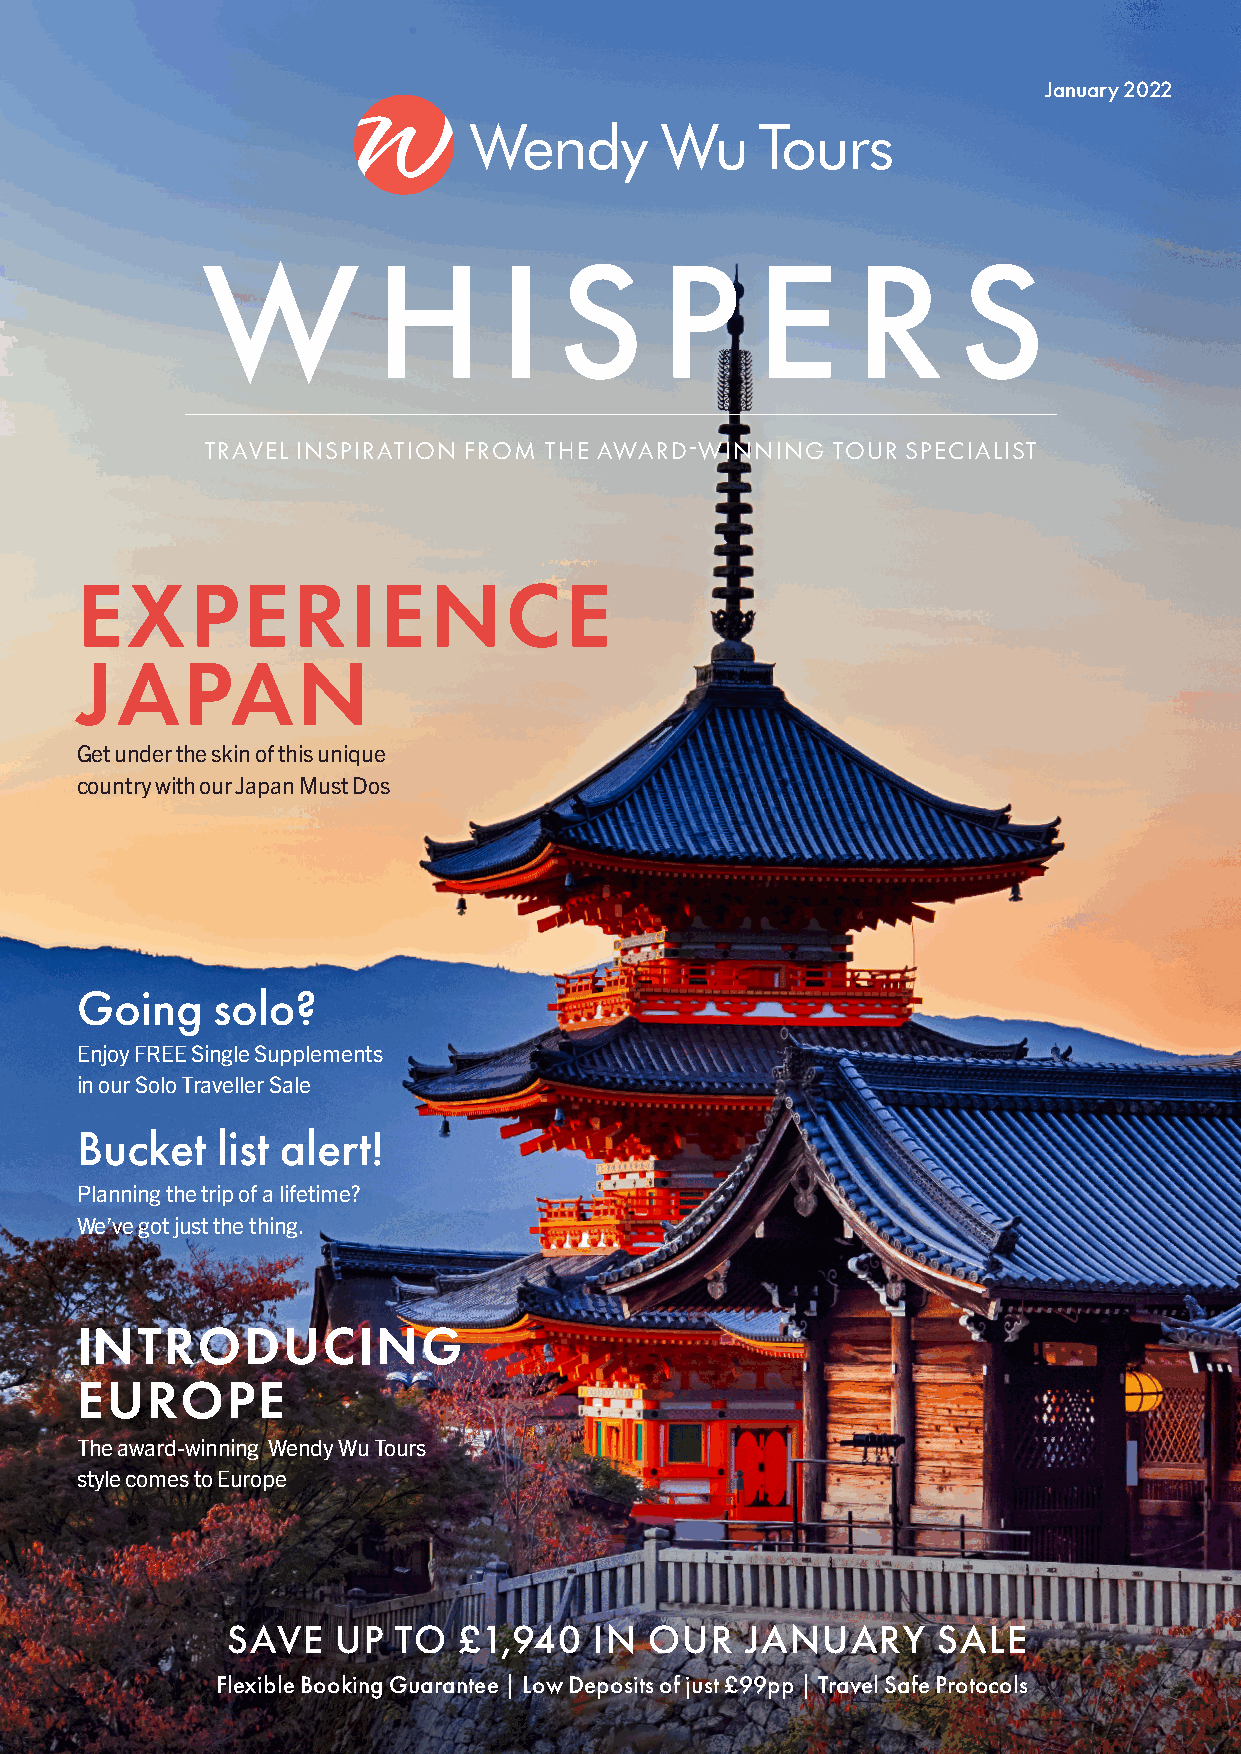
W
 W
 January 2022
 W           H       I   S      P     E      R     S
 TRAVEL INSPIRATION FROM THE AWARD-WINNING TOUR SPECIALIST
 EXPERIENCE
 JAPAN
 Get under the skin of this unique
 country with our Japan Must Dos
 Going    solo?
 Enjoy FREE Single Supplements
 in our Solo Traveller Sale
 Bucket   list alert!
 Planning the trip of a lifetime?
 We’ve got just the thing.
 INTRODUCING
 EUROPE
 The award-winning Wendy Wu Tours
 style comes to Europe
 SAVE   UP  TO  £1,940   IN  OUR   JANUARY      SALE
 Flexible Booking Guarantee | Low Deposits of just £99pp | Travel Safe Protocols
 WW
 WW